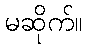
မဆိုက်။